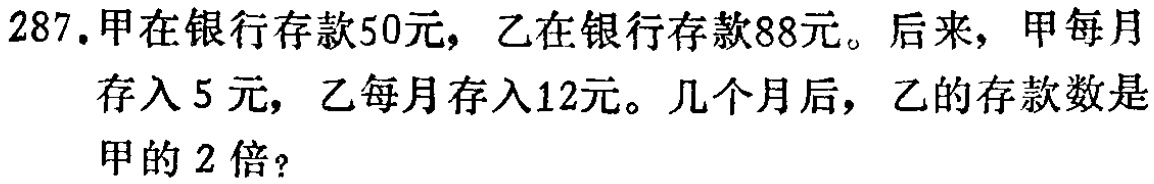
287.甲在银行存款50元，乙在银行存款88元。后来，甲每月存入5元，乙每月存入12元。几个月后，乙的存款数是甲的2倍？